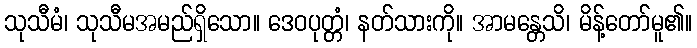
သုသီမံ၊ သုသီမအမည်ရှိသော။ ဒေဝပုတ္တံ၊ နတ်သားကို။ အာမန္တေသိ၊ မိန့်တော်မူ၏။